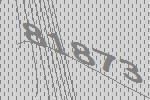
81873